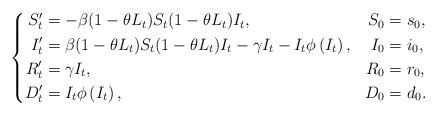
LaTeX: \begin{align*}\left\{\begin{aligned}S^\prime_t&=-\beta(1-\theta L_t)S_t (1-\theta L_t )I_t, & S_0 &= s_0, \\I^\prime_t &=\beta(1-\theta L_t )S_t (1-\theta L_t )I_t -\gamma I_t -I_t \phi\left(I_t \right), & I_0 &= i_0,\\R^\prime_t &=\gamma I_t, & R_0 &= r_0, \\D^\prime_t &=I_t \phi\left(I_t \right), & D_0 &= d_0.\\\end{aligned}\right.\end{align*}